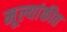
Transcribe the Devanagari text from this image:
मूल्यांकीत